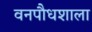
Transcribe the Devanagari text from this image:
वनपौधशाला